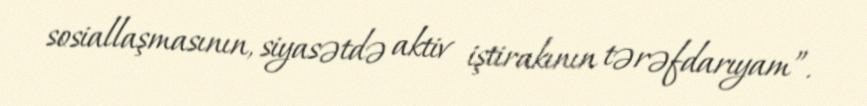
sosiallaşmasının, siyasətdə aktiv iştirakının tərəfdarıyam”.